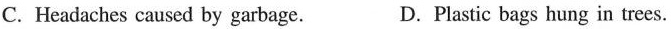
C.Headaches caused by garbage. D.Plastic bags hung in trees.